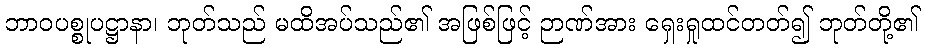
ဘာဝပစ္စုပဋ္ဌာနာ၊ ဘုတ်သည် မထိအပ်သည်၏ အဖြစ်ဖြင့် ဉာဏ်အား ရှေးရှုထင်တတ်၍ ဘုတ်တို့၏